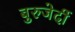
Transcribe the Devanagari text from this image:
बुरुजेर्दी